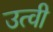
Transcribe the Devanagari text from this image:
उत्वी